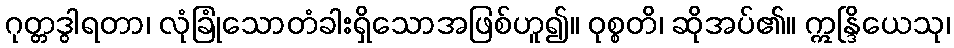
ဂုတ္တဒွါရတာ၊ လုံခြုံသောတံခါးရှိသောအဖြစ်ဟူ၍။ ဝုစ္စတိ၊ ဆိုအပ်၏။ ဣန္ဒြိယေသု၊